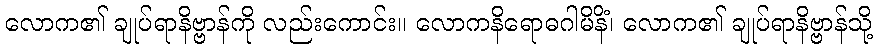
လောက၏ ချုပ်ရာနိဗ္ဗာန်ကို လည်းကောင်း။ လောကနိရောဓဂါမိနိံ၊ လောက၏ ချုပ်ရာနိဗ္ဗာန်သို့